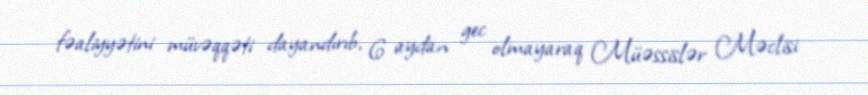
fəaliyyətini müvəqqəti dayandırıb, 6 aydan gec olmayaraq Müəssislər Məclisi